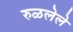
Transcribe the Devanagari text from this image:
रुळलेले